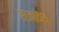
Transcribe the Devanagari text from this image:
राजादेश